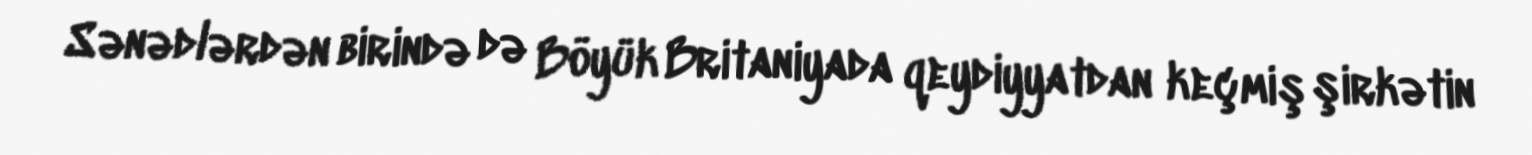
Sənədlərdən birində də Böyük Britaniyada qeydiyyatdan keçmiş şirkətin